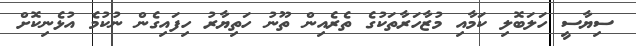
ސިޔާސީ ހަލަބޮލި ކަމާއި މުޒާހަރާތަކުގެ ތެރެއިން ތޫނު ހަތިޔާރު ހިފައިގެން ނުކުމެ އުޅެނިކޮށް